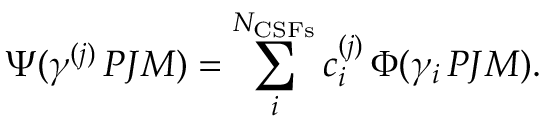
\Psi ( \gamma ^ { ( j ) } \, P J M ) = \sum _ { i } ^ { { N _ { \mathrm { C S F s } } } } c _ { i } ^ { ( j ) } \, \Phi ( \gamma _ { i } \, P J M ) .